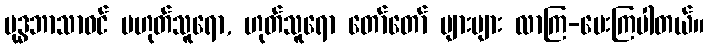
ဗုဒ္ဓဘာသာဝင် မဟုတ်သူရော, ဟုတ်သူရော တော်တော် များများ လာကြ-မေးကြပါတယ်။